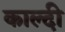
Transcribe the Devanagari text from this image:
काल्दी